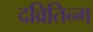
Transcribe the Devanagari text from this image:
दव्रितिन्ग